Medical and sanitary report of the native army of Bengal for the year
Year: 1874
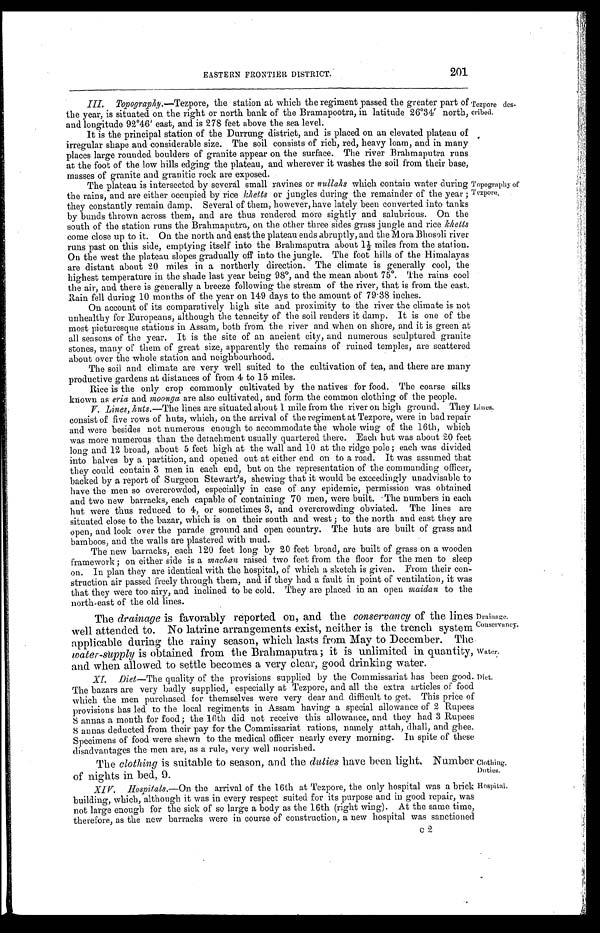
Drainage.
Conservancy.
Water.
Diet.
Clothing.
Duties.
Hospital.
201
EASTERN FRONTIER DISTRICT.
III. Topography.—Tezpore, the station at which the regiment passed the greater part of
the year, is situated on the right or north bank of the Bramapootra, in latitude 26°34' north,
and longitude 92°46' east, and is 278 feet above the sea level.
It is the principal station of the Durrung district, and is placed on an elevated plateau of
irregular shape and considerable size. The soil consists of rich, red, heavy loam, and in many
places large rounded boulders of granite appear on the surface. The river Brahmaputra runs
at the foot of the low hills edging the plateau, and wherever it washes the soil from their base,
masses of granite and granitic rock are exposed.
Tezpore des-
cribed.
The plateau is intersected by several small ravines or nullahs which contain water during
the rains, and are either occupied by rice khetts or jungles during the remainder of the year ;
they constantly remain damp. Several of them, however, have lately been converted into tanks
by builds thrown across them, and are thus rendered more sightly and salubrious. On the
south of the station runs the Brahmaputra, on the other three sides grass jungle and rice khetts
come close up to it. On the north and east the plateau ends abruptly, and the Mora Bhosoli river
runs past on this side, emptying itself into the Brahmaputra about 14 miles from the station.
On the west the plateau slopes gradually off into the jungle. The foot hills of the Himalayas
are distant about 20 miles in a northerly direction. The climate is generally cool, the
highest temperature in the shade last year being 98°, and the mean about 75°. The rains cool
the air, and there is generally a breeze following the stream of the river, that is from the east.
Rain fell during 10 months of the year on 149 days to the amount of 79 . 38 inches.
On account of its comparatively high site and proximity to the river the climate is not
unhealthy for Europeans, although the tenacity of the soil renders it damp. It is one of the
most picturesque stations in Assam, both from the river and when on shore, and it is green at
all seasons of the year. It is the site of an ancient city, and numerous sculptured granite
stones, many of them of great size, apparently the remains of ruined temples, are scattered
about over the whole station and neighbourhood.
The soil and climate are very well suited to the cultivation of tea, and there are many
Productive gardens at distances of from 4 to 15 miles.
Topography of
Tezpore.
Rice is the only crop commonly cultivated by the natives for food. The coarse silks
known as eria and moonga are also cultivated, and form the common clothing of the people.
V. Lines, huts.—The lines are situated about 1 mile from the river on high ground. They
consist of five rows of huts, which, on the arrival of the regiment at Tezpore, were in bad repair
and were besides not numerous enough to accommodate the whole wing of the 16th, which
was more numerous than the detachment usually quartered there. Each hut was about 20 feet
long and 12 broad, about 5 feet high at the wall and 10 at the ridge pole ; each was divided
into halves by a partition, and opened out at either end on to a road. It was assumed that
they could contain 3 men in each end, but on the representation of the commanding officer,
backed by a report of Surgeon Stewart's, shewiug that it would be exceedingly unadvisable to
have the men so overcrowded, especially in case of any epidemic, permission was obtained
and two new barracks, each capable of containing 70 men, were built. The numbers in each
hut were thus reduced to 4, or sometimes 3, and overcrowding obviated. The lines are
situated close to the bazar, which is on their south and west ; to the north and east they are
open, and look over the parade ground and open country. The huts are built of grass and
bamboos, and the walls are plastered with mud.
The new barracks, each 120 feet long by 20 feet broad, are built of grass on a wooden
framework ; on either side is a machan raised two feet from the floor for the men to sleep
on. In plan they are identical with the hospital, of which a sketch is given. From their con-
struction air passed freely through them, and if they had a fault in point of ventilation, it was
that they were too airy, and inclined to be cold. They are placed in an open maidan to the
north-east of the old lines.
The drainage is favorably reported on, and the conservancy of the lines
well attended to. No latrine arrangements exist, neither is the trench system
applicable during the rainy season, which lasts from May to December. The
water-supply is obtained from the Brahmaputra it is unlimited in quantity,
and when allowed to settle becomes a very clear, good drinking water.
XI. Diet—The quality of the provisions supplied by the Commissariat has been good.
The bazars are very badly supplied, especially at Tezpore, and all the extra articles of food
which the men purchased for themselves were very dear and difficult to get. This price of
provisions has led to the local regiments in Assam having a special allowance of 2 Rupees
8 annas a month for food; the 16th did not receive this allowance, and they had 3 Rupees
8 annas deducted from their pay for the Commissariat rations, namely attah, dhall, and ghee.
Specimens of food were shewn to the medical officer nearly every morning. In spite of these
disadvantages the men are, as a rule, very well nourished.
The clothing is suitable to season, and the duties have been light. Number
of nights in lied, 9.
XI V. Hospitals.—On the arrival of the 16th at Tezpore, the only hospital was a brick
building, which, although it was in every respect suited for its purpose and in good repair, was
not large enough for the sick of so large a body as the 16th (right wing). At the same time,
therefore, as the new barracks were in course of construction, a new hospital was sanctioned
c 2